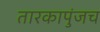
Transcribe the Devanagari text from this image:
तारकापुंजच